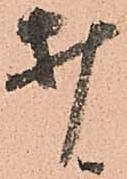
打